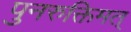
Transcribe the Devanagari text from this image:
पुनरुक्तिमत्